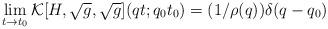
LaTeX: \begin{align*}\lim_{ t \rightarrow t_0} {\cal K}[H,\sqrt{g},\sqrt{g}](qt;q_0t_0) = (1/\rho(q)) \delta (q-q_0) \end{align*}